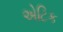
એટિક